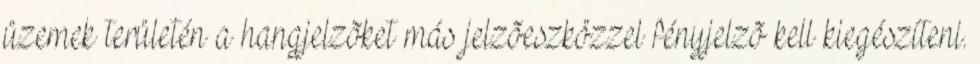
üzemek területén a hangjelzõket más jelzõeszközzel fényjelzõ kell kiegészíteni.